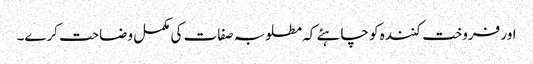
اور فروخت کنندہ کو چاہئے کہ مطلوبہ صفات کی مکمل وضاحت کرے۔